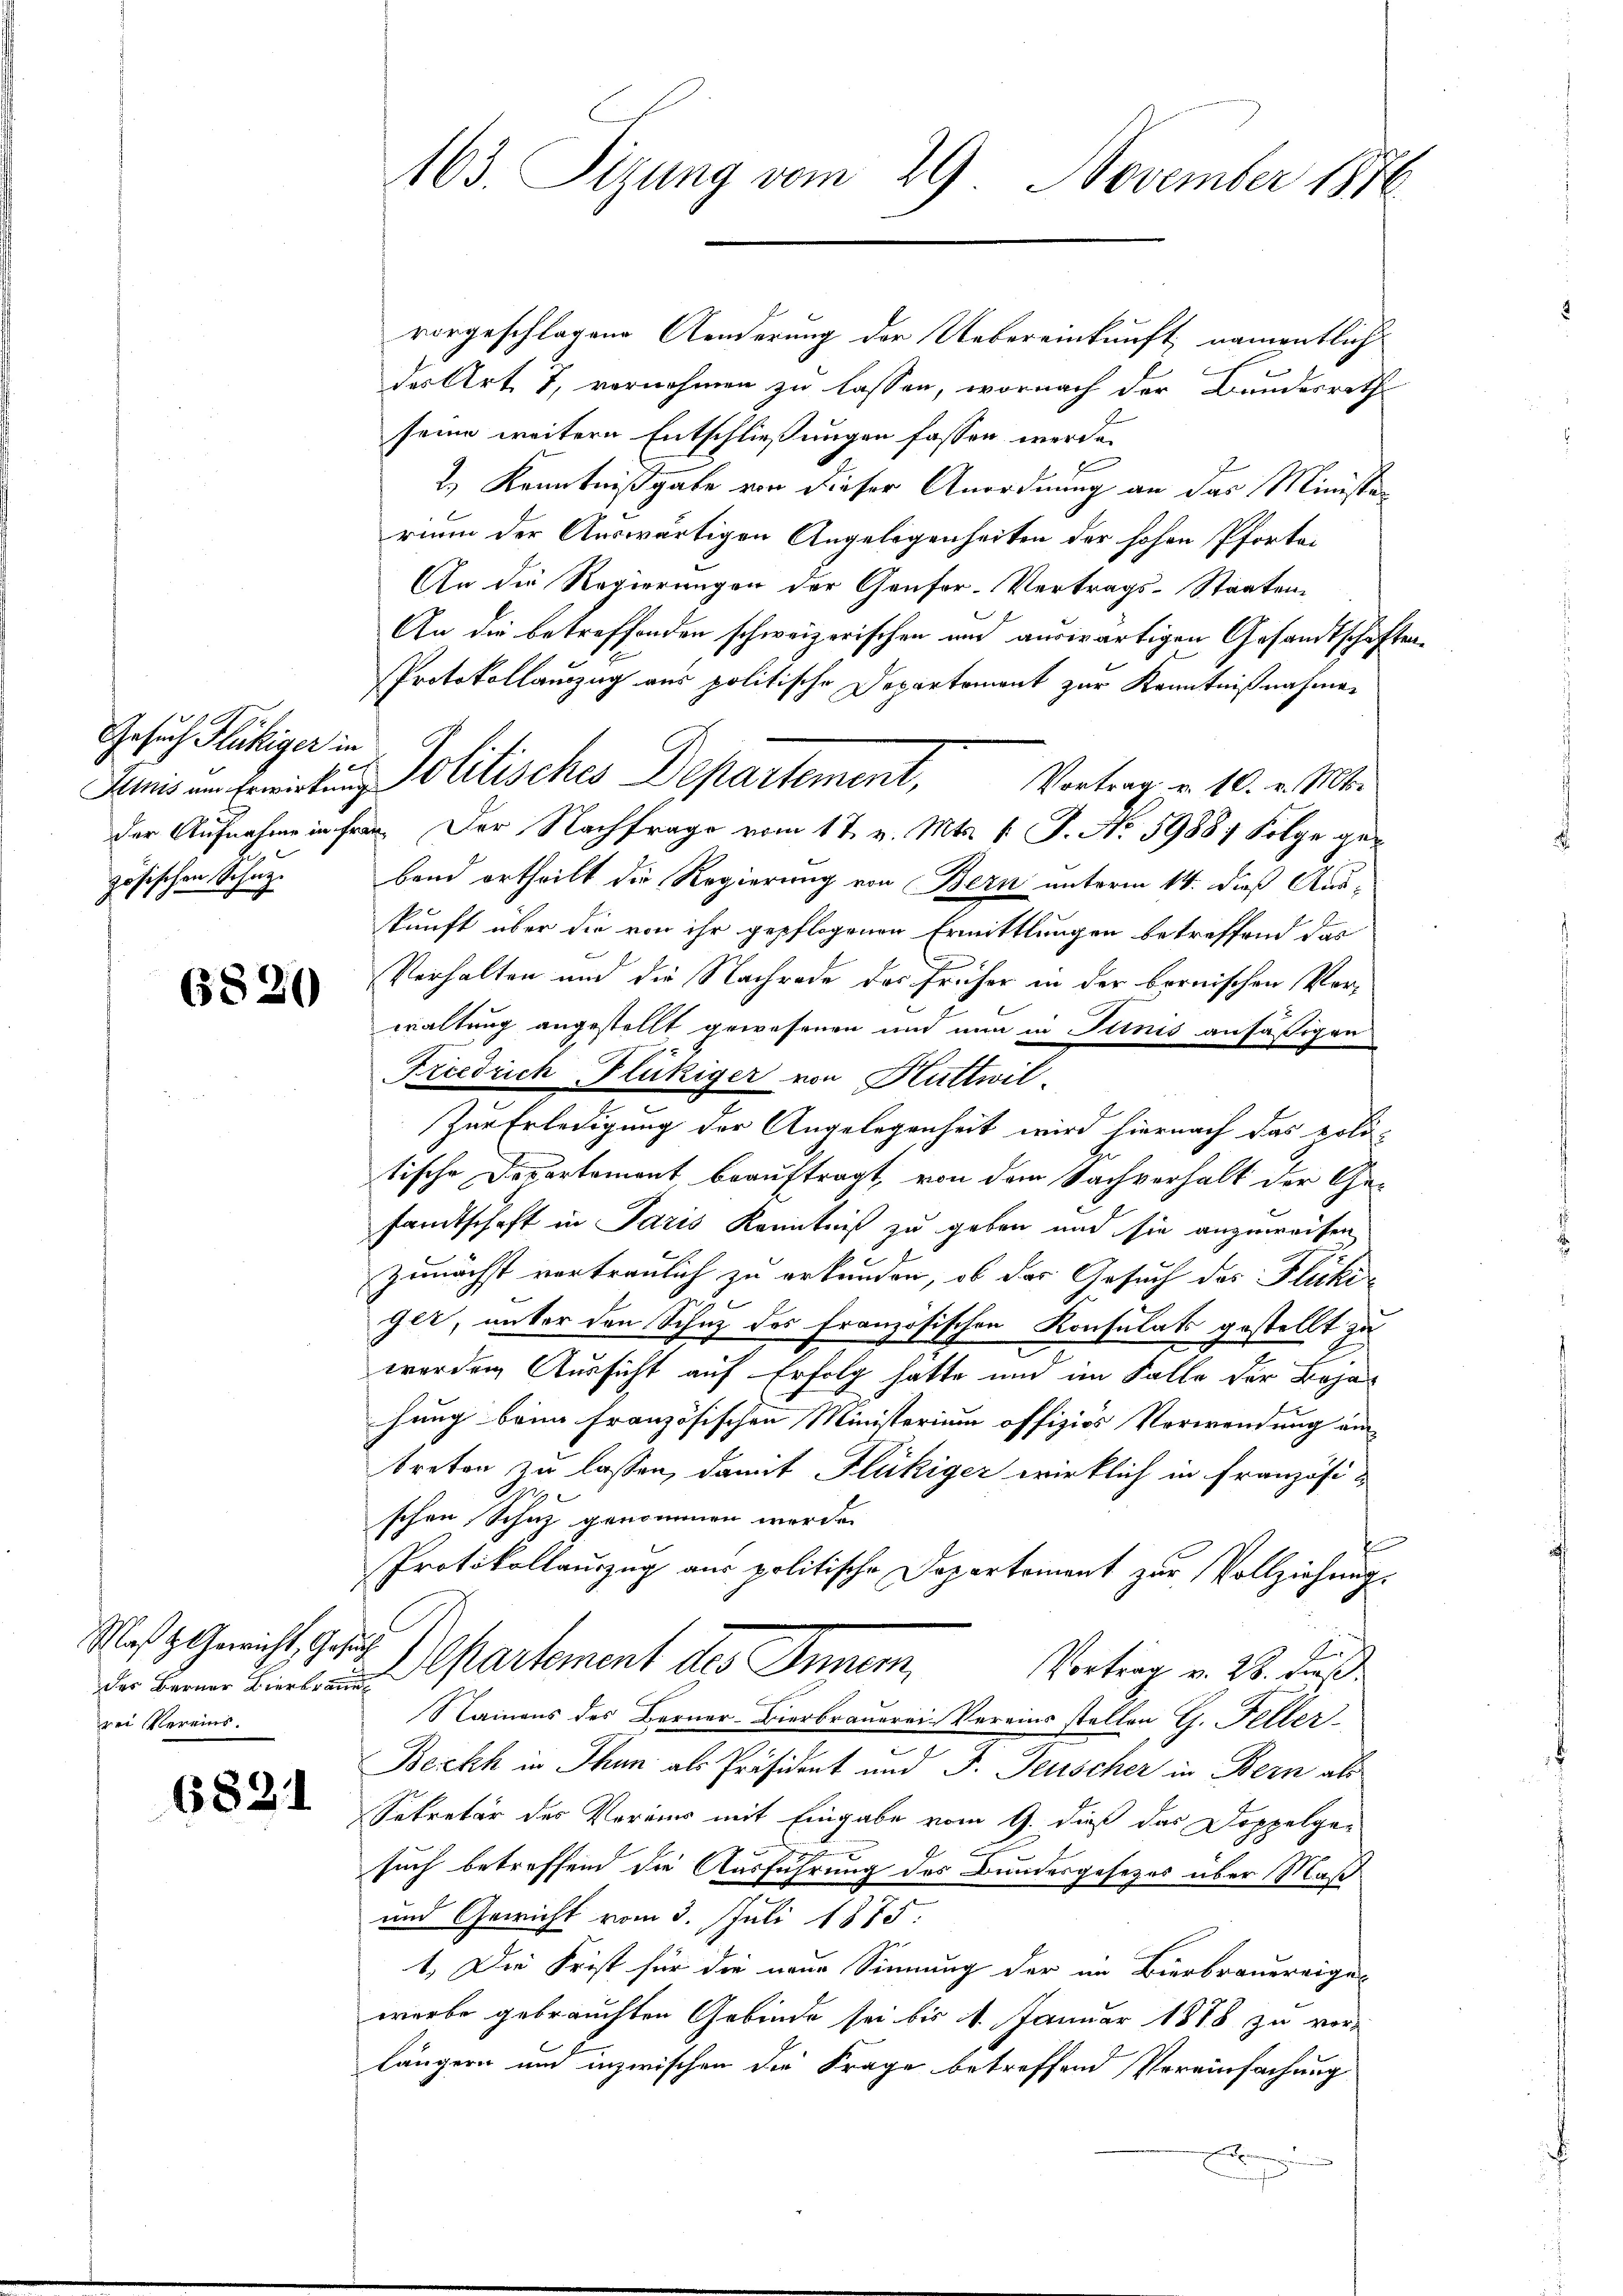
Gesuch Flückiger in
f
zösischen Schaz

6820

Maß z. Gericht, Gese
rei Vereins.

6821

163. Sizung vom 29 November 1870

vorgeschlagene Aenderung der Uebereinkunft, namentlich
des Art. 7, vornehmen zu lassen, wornach der Bundesrath
seine weitere Entschließungen fassen werde.
2.) Kenntnißgabe von dieser Anordnung an das Minister
rium der Auswärtigen Angelegenheiten der hohen Pforte¬
An die Regierungen der Genfor-Vertrags-Staaten-
An die betreffenden schweizerischen und auswärtigen Gesandtschaften¬
Protokollauszug aus politische Departement zur Kenntnißnahmen
der Aufnahme in fran. Der Nachfrage vom 17. v. Mts. f. J. No 59887 Folge gebend ertheilt die Regierung von Bern unterm 14. dieß Auskunft über die von ihr gepflogenen Ermittlungen betreffend das
Verhalten und die Nachrade der früher in der bernischen Vor-
waltung angestellt gewesenen und nun in Stinis ansäßigen
Friedrich Flückiger von Huttwil-
Zur Erledigung der Angelegenheit wird hiernach das erli-
tische Departement beauftragt, von dem Sachverhalt der Gesamtschaft in Paris Kenntniß zu geben und sie anzuweisen
zunächst vertraulich zu erkunden, ob das Gesuch des Flukiger, unter den Schuz des Französischen Konsulats gestellt zu
werden Aussicht auf Erfolg hatte und im Falle der Baja-
hung beim französischen Ministerium offiziös Verwendung ein
treten zu lassen, damit Flückiger wirklich in Französi-
schen Schaz genommen werde.
f
Protokollauszug aus politische Departement zur Vollziehungs
c
Fr
Vortrag v. 28. dieß
dr den Eine und partement des Inner,
Namens des Berner-Bierbrauerei Vereins stellen G. Feller¬
Beckh in Thun als Präsident und J. Feuscher in Bern als
Sekretär des Vormier mit Eingabe vom 9. dieß das Doppelge-
such betreffend die Ausführung des Bundesgesezes über Maß
und Gewicht vom 3. Juli 1875.
1. Die Frist für die neue Sinnung der im Bierbrauereigewerbe gebrauchten Gebinde sei bis 1. Januar 1888 zu verlängern und inzwischen die Frage betreffend Vereinfachung
2
E

Lemnis in Ermitten Politisches Departement, Vortrag v. 10. v. Mt.